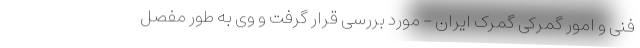
فنی و امور گمرکی گمرک ایران - مورد بررسی قرار گرفت و وی به طور مفصل